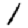
Digit: 1